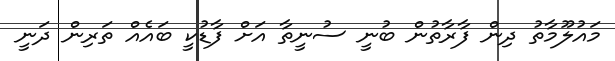
މައުލޫމާތު ދިން ފާރާތުން ބުނީ ސުނީތާ އަށް ފާޑުކީ ބައެއް ތަރިން ދަނީ